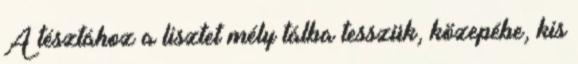
A tésztához a lisztet mély tálba tesszük, közepébe, kis